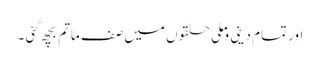
اور تمام دینی وملی حلقوں میں صف ماتم بچھ گئی ۔